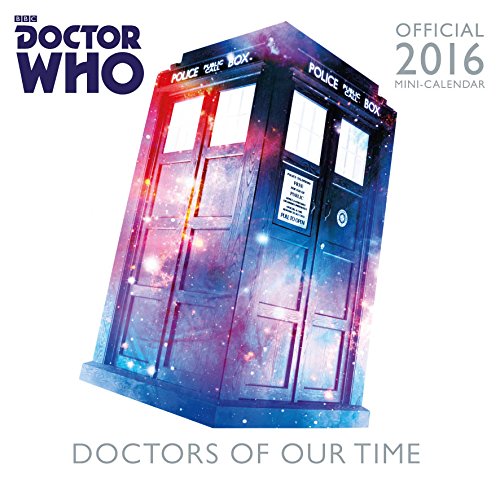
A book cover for The Official Doctor Who 2016 Mini Calendar; Calendars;